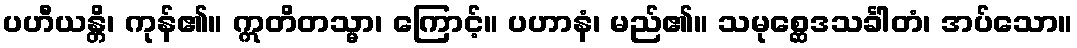
ပဟီယန္တိ၊ ကုန်၏။ ဣတိတသ္မာ၊ ကြောင့်။ ပဟာနံ၊ မည်၏။ သမုစ္ဆေဒသင်္ခါတံ၊ အပ်သော။